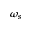
\omega _ { s }